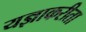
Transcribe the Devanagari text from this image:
यज्ञाकरीता